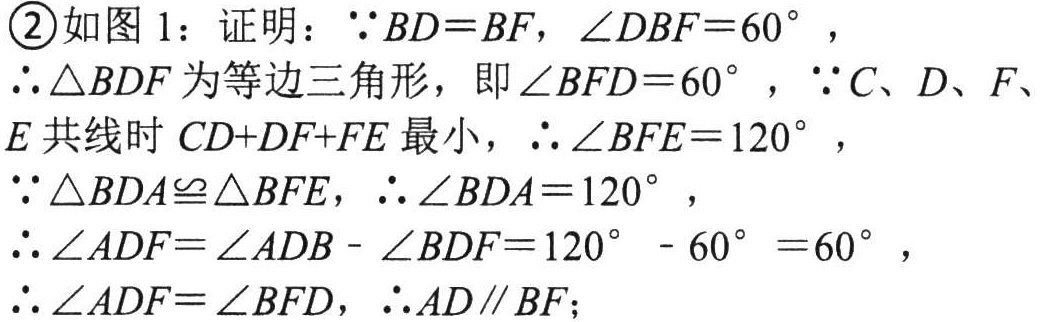
\textcircled{2}如图 1：证明：$\because BD = BF$，$\angle DBF = 60^{\circ}$，

$\therefore \triangle BDF$为等边三角形，即$\angle BFD = 60^{\circ}$，$\because C、D、F、E$共线时$CD + DF+FE$最小，$\therefore \angle BFE = 120^{\circ}$，

$\because \triangle BDA\cong \triangle BFE$，$\therefore \angle BDA = 120^{\circ}$，

$\therefore \angle ADF=\angle ADB - \angle BDF = 120^{\circ}- 60^{\circ}=60^{\circ}$，

$\therefore \angle ADF=\angle BFD$，$\therefore AD\parallel BF$；